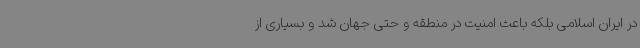
در ایران اسلامی بلکه باعث امنیت در منطقه و حتی جهان شد و بسیاری از